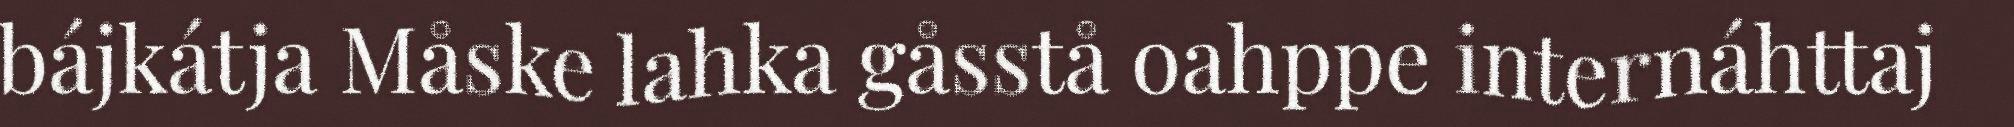
bájkátja Måske lahka gåsstå oahppe internáhttaj